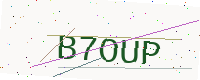
Text: B7OUP